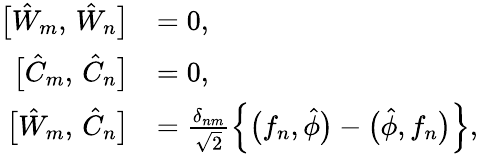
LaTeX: \begin{array}{rl}{\bigl[\hat{W}_{m},\, \hat{W}_{n}\bigr]}&{=0,}\\ {\bigl[\hat{C}_{m},\, \hat{C}_{n}\bigr]}&{=0,}\\ {\bigl[\hat{W}_{m},\, \hat{C}_{n}\bigr]}&{=\frac{\delta_{nm}}{\sqrt{2}}\left\{ \bigl(f_{n},\hat{\phi}\bigr)-\bigl(\hat{\phi},f_{n}\bigr)\right\} ,}\end{array}